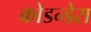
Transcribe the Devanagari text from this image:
कोडन्डेरा